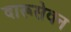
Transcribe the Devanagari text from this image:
दारूसेवन